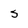
Character: S